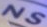
NS